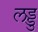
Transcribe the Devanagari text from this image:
लड्डु